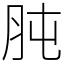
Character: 肫